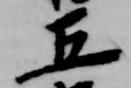
五